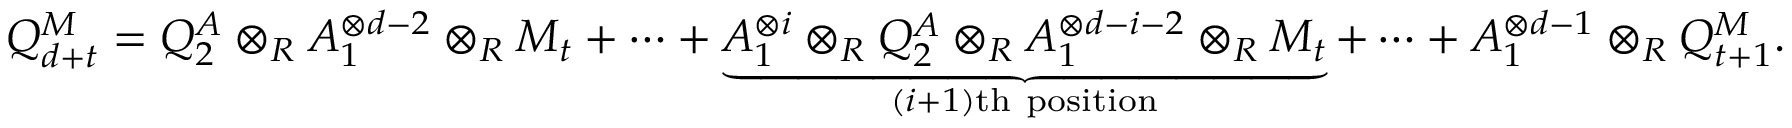
Q _ { d + t } ^ { M } = Q _ { 2 } ^ { A } \otimes _ { R } A _ { 1 } ^ { \otimes d - 2 } \otimes _ { R } M _ { t } + \cdots + \underbrace { A _ { 1 } ^ { \otimes i } \otimes _ { R } Q _ { 2 } ^ { A } \otimes _ { R } A _ { 1 } ^ { \otimes d - i - 2 } \otimes _ { R } M _ { t } } _ { ( i + 1 ) \mathrm { t h ~ p o s i t i o n } } + \cdots + A _ { 1 } ^ { \otimes d - 1 } \otimes _ { R } Q _ { t + 1 } ^ { M } .